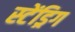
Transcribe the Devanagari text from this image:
स्टेंड्रिग